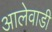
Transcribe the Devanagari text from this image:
आलेवाडी